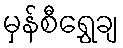
မှန်စီရွှေချ